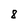
Character: 8